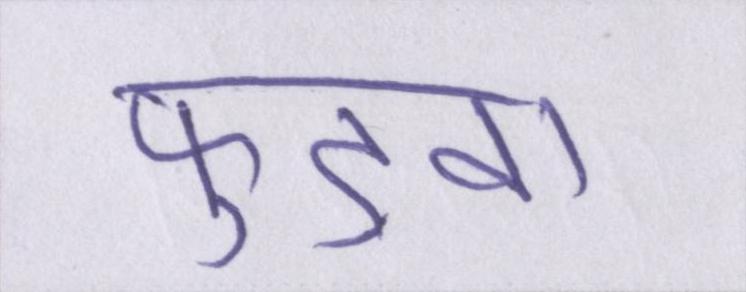
फुड़वा